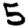
Digit: 5